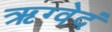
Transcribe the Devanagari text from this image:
ऋग्वेदं